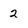
Character: 2